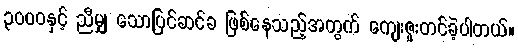
၃၀၀၀နှင့် ညီမျှ သောပြင်ဆင်ခ ဖြစ်နေသည့်အတွက် ကျေးဇူးတင်ခဲ့ပါတယ်။